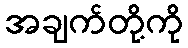
အချက်တို့ကို